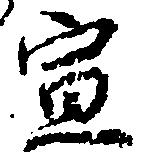
宣